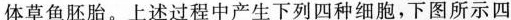
体草鱼胚胎。上述过程中产生下列四种细胞，下图所示四